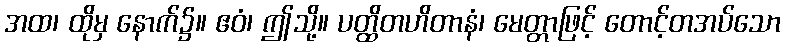
အထ၊ ထိုမှ နောက်၌။ ဧဝံ၊ ဤသို့။ ပတ္ထိတဟိတာနံ၊ မေတ္တာဖြင့် တောင့်တအပ်သော